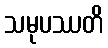
သမုပဿတိ